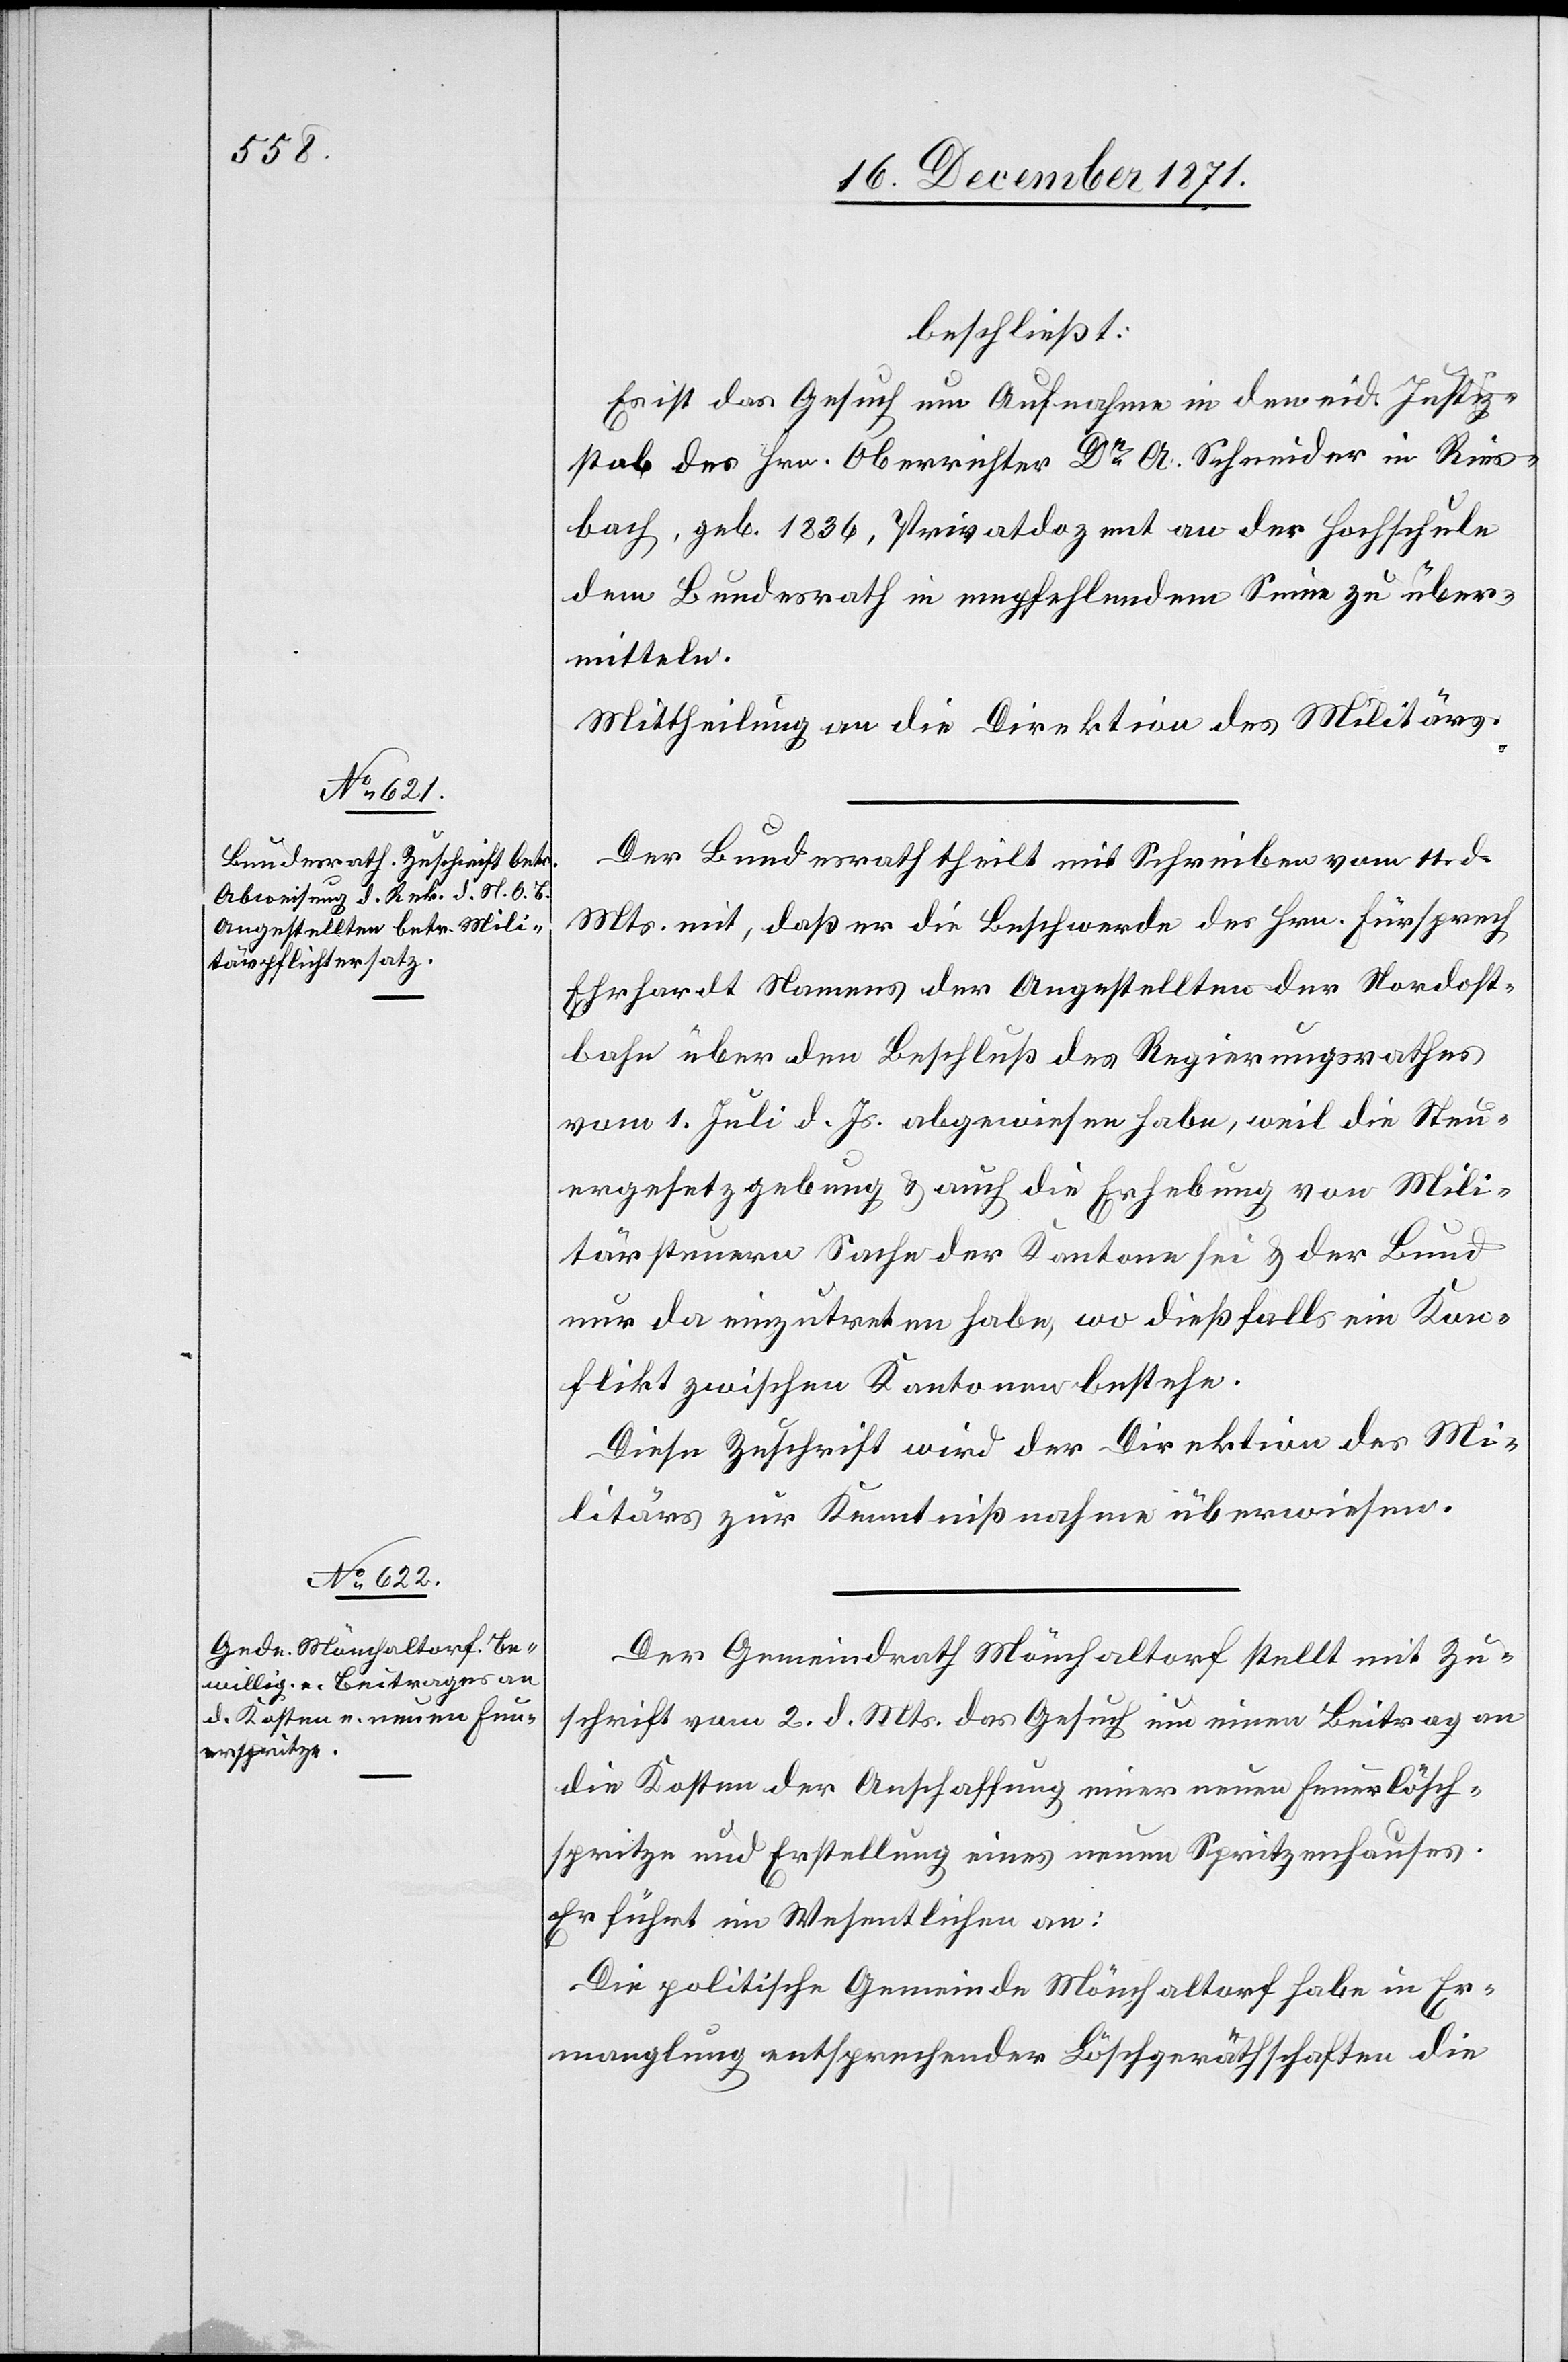
beschließt:
Es ist das Gesuch um Aufnahme in den eid. Justiz¬
stab des Hrn. Oberrichter Dr. A. Schneider in Ries¬
bach, geb. 1836, Privatdozent an der Hochschule
dem Bundesrath in empfehlendem Sinne zu über¬
mitteln.
Mittheilung an die Direktion des Militärs.
Der Bundesrath theilt mit Schreiben vom 11. d.
Mts. mit, daß er die Beschwerde des Hrn. Fürsprech
Ehrhardt Namens der Angestellten der Nordost¬
bahn über den Beschluß des Regierungsrathes
vom 1. Juli d. Js. abgewiesen habe, weil die Steu¬
ergesetzgebung & auch die Erhebung von Mili¬
tärsteuern Sache der Kantone sei & der Bund
nur da einzutreten habe, wo dießfalls ein Kon¬
flikt zwischen Kantonen bestehe.
Diese Zuschrift wird der Direktion des Mi¬
litärs zur Kenntnißnahme überwiesen.
Der Gemeindrath Mönchaltorf stellt mit Zu¬
schrift vom 2. d. Mts. das Gesuch um einen Beitrag an
die Kosten der Anschaffung einer neuen Feuerlösch¬
spritze und Erstellung eines neuen Spritzenhauses.
Er führt im Wesentlichen an:
Die politische Gemeinde Mönchaltorf habe in Er¬
manglung entsprechender Löschgerätschaften die